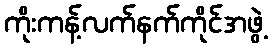
ကိုးကန့်လက်နက်ကိုင်အဖွဲ့